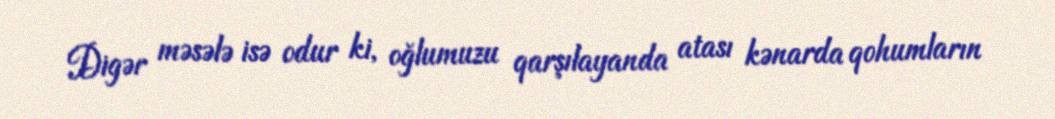
Digər məsələ isə odur ki, oğlumuzu qarşılayanda atası kənarda qohumların